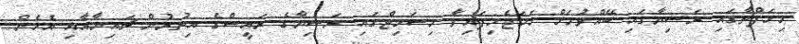
މިހަފްތާގައި ރަޝިޔާގައި ބޭއްވުމަށް ހަމަޖެހިފައިވާ މިސަމިޓްގައި ރަޝިޔާގެ ރައީސްގެ އިތުރުން ޗައިނާއާއި އެހެން